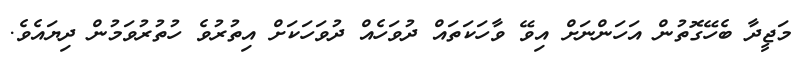
މަޖީދާ ބެހޭގޮތުން އަހަންނަށް އިވޭ ވާހަކަތައް ދުވަހެއް ދުވަހަކަށް އިތުރުވެ ހުތުރުވަމުން ދިޔައެވެ.